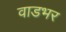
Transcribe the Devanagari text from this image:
वाडभर